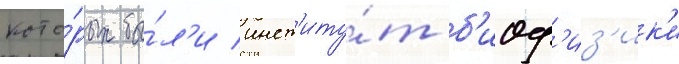
кото́рых бы́л'и инст'иту́т б'иоф'из'ик'и